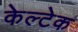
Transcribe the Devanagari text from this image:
केल्टेक